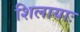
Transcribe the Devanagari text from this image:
शिलायाः